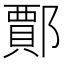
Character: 𨞝